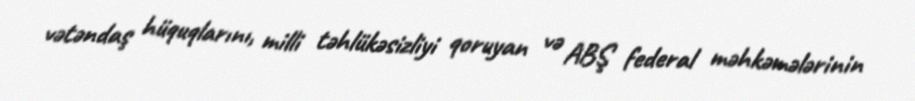
vətəndaş hüquqlarını, milli təhlükəsizliyi qoruyan və ABŞ federal məhkəmələrinin